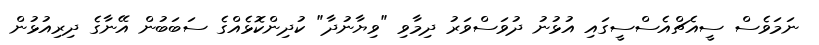
ނަމަވެސް ސީއެޗްއެސްސީގައި އުޅުނު ދުވަސްވަރު ދިމާވި "ވިޔާނުދާ" ކުދިންކޮޅެއްގެ ސަބަބުން އޭނާގެ ދިރިއުޅުން